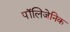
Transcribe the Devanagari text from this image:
पॉलिजेनिक